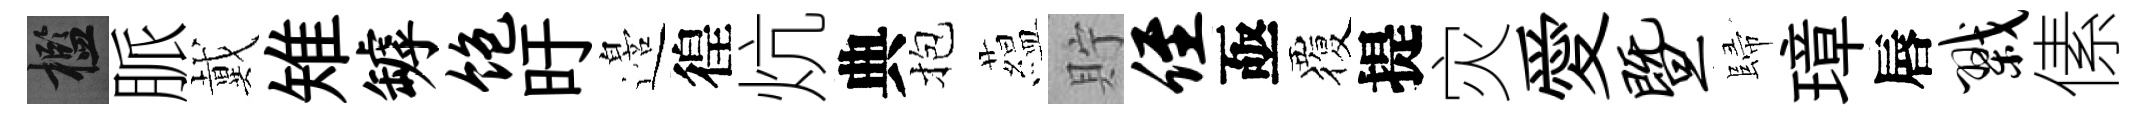
檻脈戴雉罅饱旴邉徨炕典抱藴貯侄亟覆提灾愛暨歸璋唇戮傃